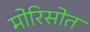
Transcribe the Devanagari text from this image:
मोरिसोत